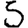
Digit: 5